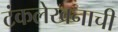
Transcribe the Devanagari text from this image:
टंकलेखनाची